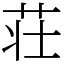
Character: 荘